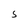
Character: 5